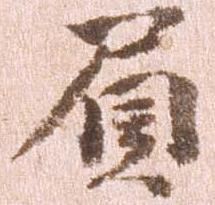
負